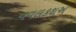
નવલકથઅ